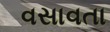
વસાવતા